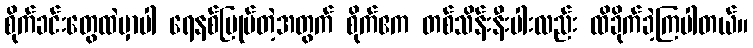
စိုက်ခင်းတွေထဲမှာပါ ရေနစ်မြုပ်တဲ့အတွက် စိုက်ဧက တစ်သိန်းနီးပါးလည်း ထိခိုက်ခဲ့ကြပါတယ်။